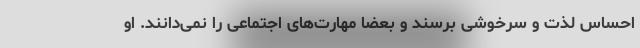
احساس لذت و سرخوشی برسند و بعضا مهارت‌های اجتماعی را نمی‌دانند. او